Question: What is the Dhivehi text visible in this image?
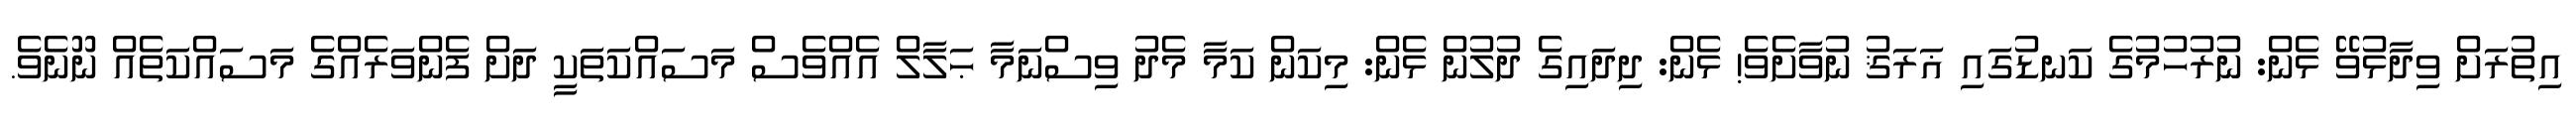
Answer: އިތުރަށް ވިދާޅުވޭ ޅެން: ނުރުހުމުގެ ކަނޑުގައި ޣަރަޤު ނުވާށެވެ! ޅެން: ދިދައިގެ ދުލުން ޅެން: މިކަން ކަމާ މެދު ވިސްނަމާ ޙަލާލް އެއްވެސް މަސައްކަތަކީ ދަށް ފެންވަރެއްގެ މަސައްކަތެއް ނޫނެވެ.